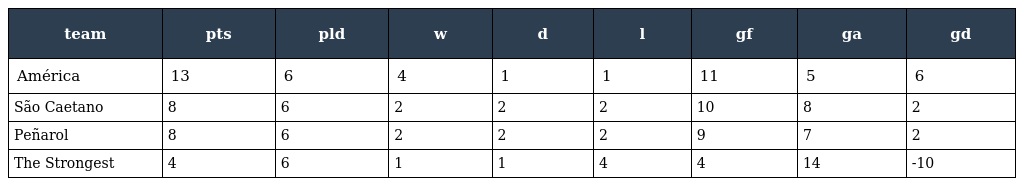
| team | pts | pld | w | d | l | gf | ga | gd |
 | --- | --- | --- | --- | --- | --- | --- | --- | --- |
 | América | 13 | 6 | 4 | 1 | 1 | 11 | 5 | 6 |
 | São Caetano | 8 | 6 | 2 | 2 | 2 | 10 | 8 | 2 |
 | Peñarol | 8 | 6 | 2 | 2 | 2 | 9 | 7 | 2 |
 | The Strongest | 4 | 6 | 1 | 1 | 4 | 4 | 14 | -10 |